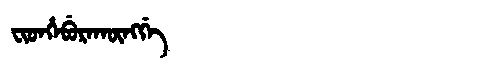
Manchu: ᠸᡳᡨᡥᡝᠪᡠᡵᠠᡴᡡᠩᡤᡝ
Romanization: FITHEBURAKŪNGGE